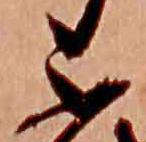
不